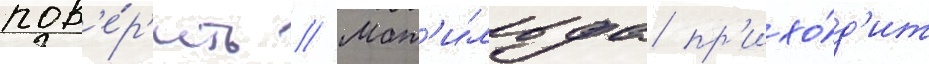
пов'е́р'ить // Мат'и́льда пр'ихо́д'ит